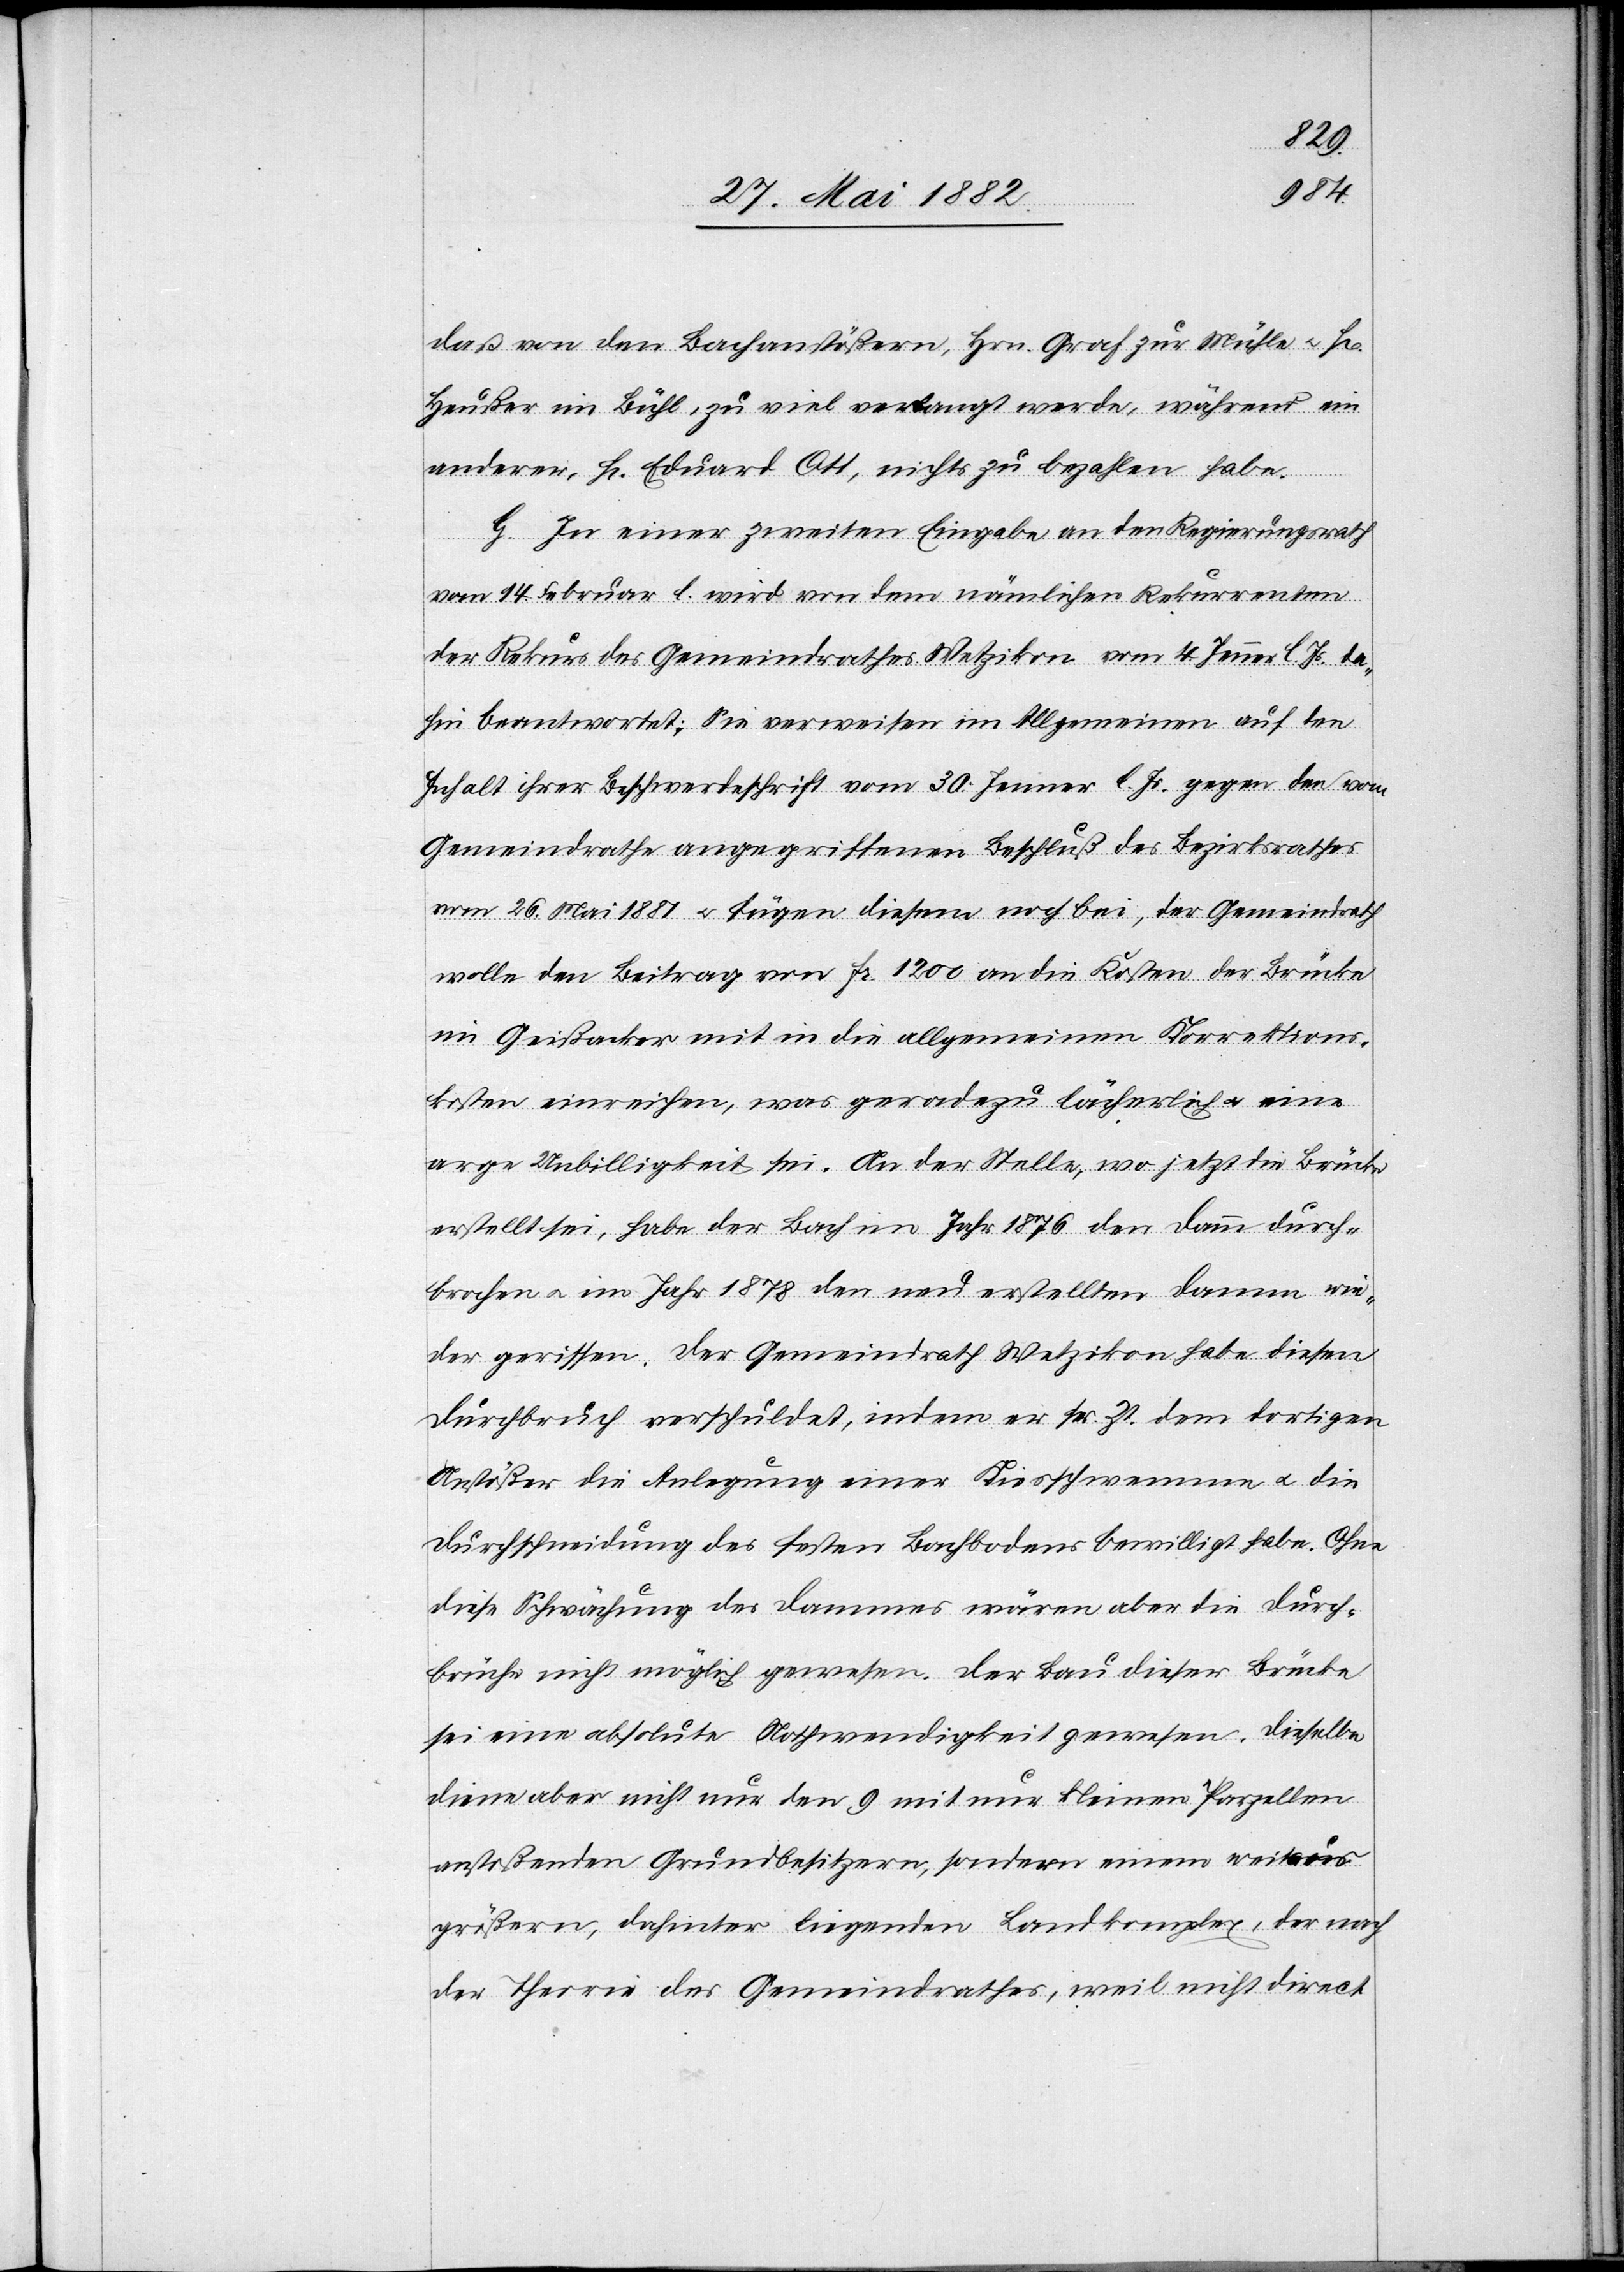
daß von den Bachanstößern, Hrn. Graf zur Mühle u. Hr.
Heußer im Bühl, zu viel verlangt werde, während ein
anderer, Hr. Eduard Ott, nichts zu bezahlen habe.
G. In einer zweiten Eingabe an den Regierungsrath
vom 14. Februar l. [Js.] wird von dem nämlichen Rekurrenten
der Rekurs des Gemeindrathes Wetzikon vom 4. Jenner l. Js. da¬
hin beantwortet: Sie verweisen im Allgemeinen auf den
Inhalt ihrer Beschwerdeschrift vom 30. Jenner l. Js. gegen den vom
Gemeindrathe angegriffenen Beschluß des Bezirksrathes
vom 26. Mai 1881 u. fügen diesem noch bei, der Gemeindrath
wolle den Beitrag von Fr. 1200 an die Kosten der Brücke
im Gießacker mit in die allgemeinen Korrektions¬
kosten einreichen, was geradezu lächerlich u. eine
arge Unbilligkeit sei. An der Stelle, wo jetzt die Brücke
erstellt sei, habe der Bach im Jahr 1876 den Damm durch¬
brochen u. im Jahr 1878 den neu erstellten Damm wie¬
der gerissen. Der Gemeindrath Wetzikon habe diesen
Durchbruch verschuldet, indem er sr. Zt. dem dortigen
Anstößer die Anlegung einer Kiesschwemme u. die
Durchschneidung des festen Bachbodens bewilligt habe. Ohne
diese Schwächung des Dammes wären aber die Durch¬
brüche nicht möglich gewesen. Der Bau der Brücke
sei eine absolute Nothwendigkeit gewesen. Dieselbe
diene aber nicht nur den 9 mit nur kleinen Parzellen
anstoßenden Grundbesitzern, sondern einem weitaus
größern, dahinter liegenden Landkomplex, der nach
der Theorie des Gemeindrathes, weil nicht direct